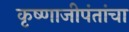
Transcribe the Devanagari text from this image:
कृष्णाजीपंतांचा